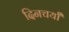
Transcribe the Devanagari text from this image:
दिनचर्यां